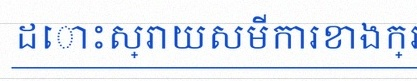
ដោះស្រាយសមីការខាងក្រោម